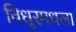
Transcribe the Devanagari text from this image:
विधुरमधला